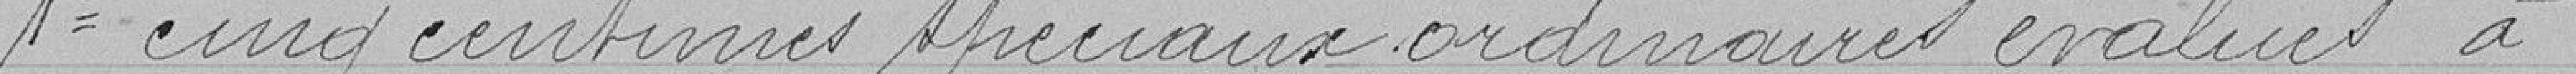
1°: cinq centimes spéciaux ordinaires évalués à